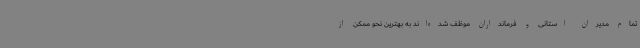
تمام مدیران استانی و فرمانداران موظف شده‌اند به بهترین نحو ممکن از